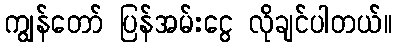
ကျွန်တော် ပြန်အမ်းငွေ လိုချင်ပါတယ်။